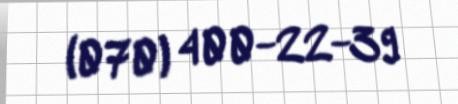
(070) 400-22-39